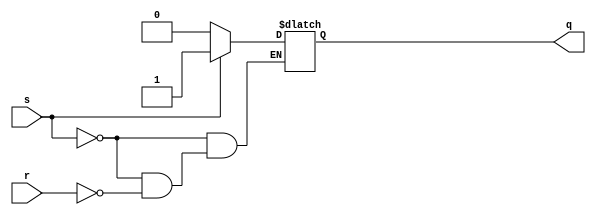
// This program was cloned from: https://github.com/FPGADude/Digital-Design
// License: GNU General Public License v3.0

`timescale 1ns / 1ps

// S R input combinations:
// 0 0 -> no change to q
// 0 1 -> q = 0
// 1 0 -> q = 1
// 1 1 -> should not be allowed to happen. what should the value of q be?

module sr_latch(
    input s,        // set
    input r,        // reset
    output reg q    // latched value
    );
    
    always @*
        if(s)
            q = 1;
        else if(r)
            q = 0;
    
endmodule